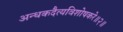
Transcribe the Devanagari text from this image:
अन्धकदैत्यविशोषकरे॥२॥